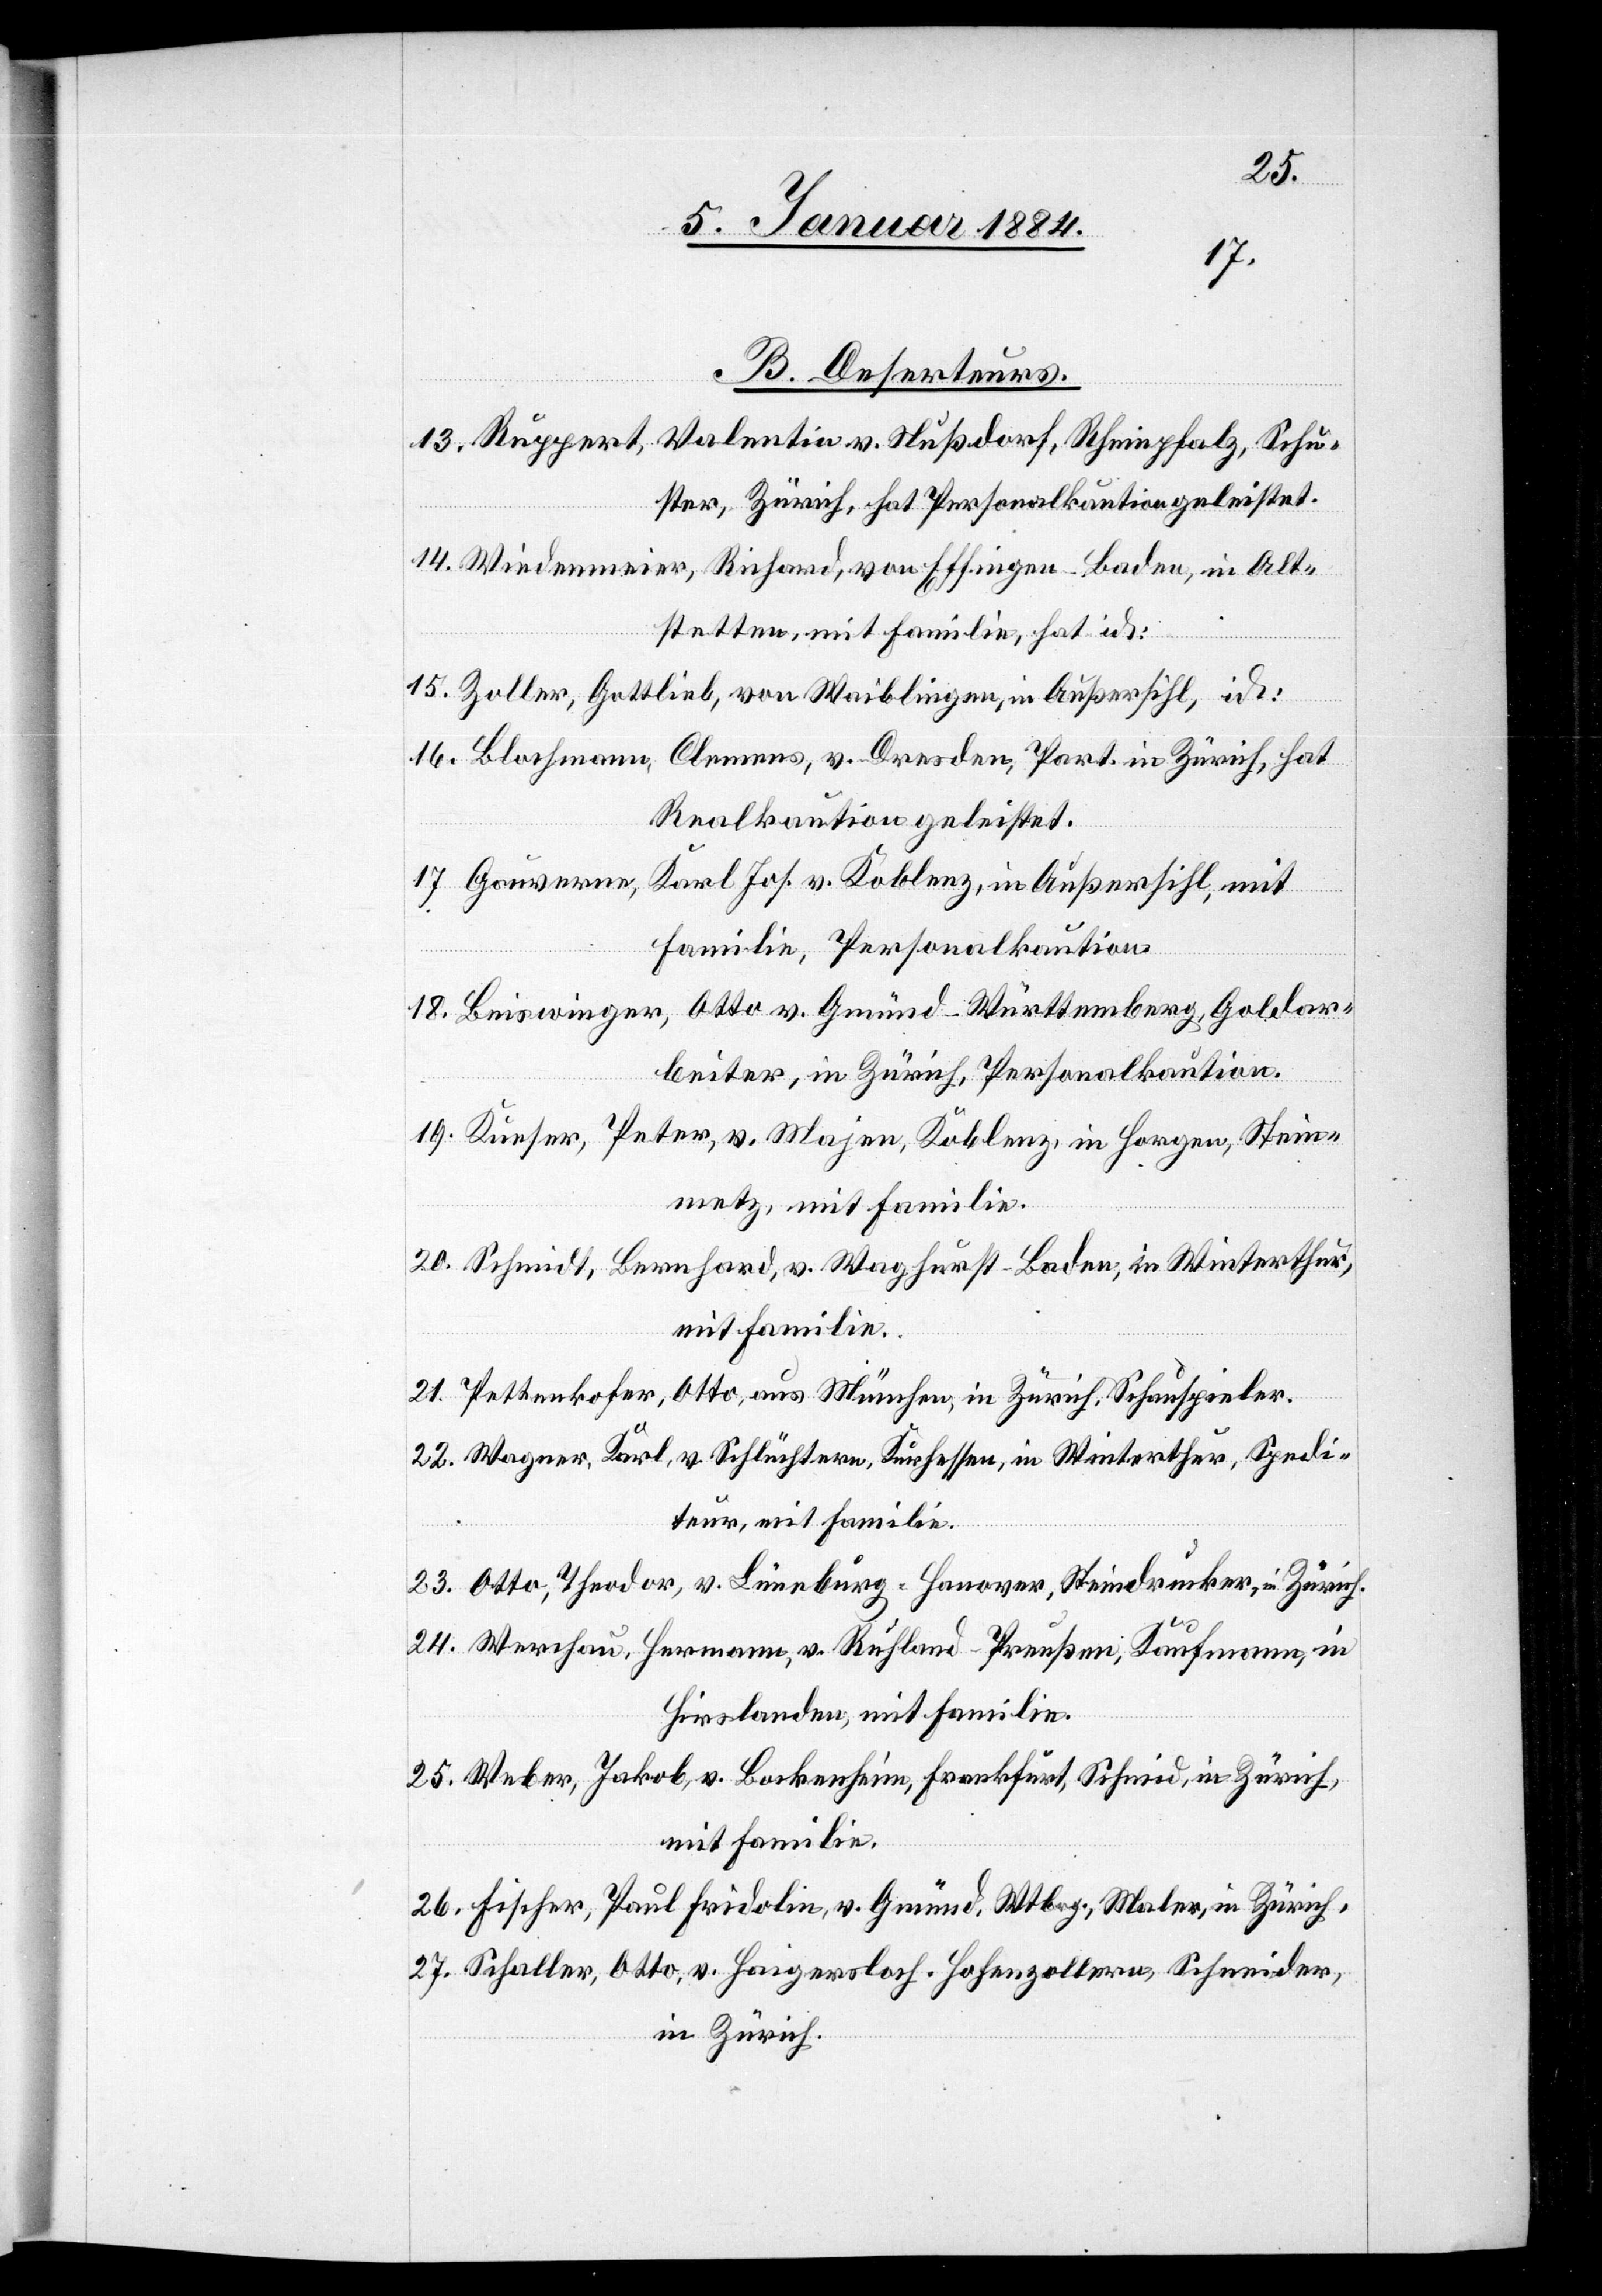
B. Deserteurs.
13. Ruppert, Valentin v. Nußdorf, Rheinpfalz, Schu¬
ster, Zürich, hat Personalkaution geleistet.
14. Wiedenmeier, Richard, von Essingen - Baden, in Alt¬
stetten, mit Familie, hat id.
15. Zeller, Gottlieb, von Waiblingen, Außersihl, id.
16. Blochmann, Clemens, v. Dresden, Part. in Zürich, hat
Realkaution geleistet.
17. Gauverene, Karl Jos. v. Koblenz, in Außersihl, mit
Familie, Personalkaution.
18. Beiswinger, Otto v. Gmünd - Württemberg, Goldar¬
beiter, in Zürich, Personalkaution.
19. Kurser, Peter, v. Majen, Koblenz, in Horgen, Stein¬
metz, mit Familie.
20. Schmidt, Bernhard, v. Waghurst - Baden, in Winterthur,
21. Pettenkofer, Otto, aus München, in Zürich, Schauspieler.
22. Wagner, Karl, v. Schlüchtern, Kurhessen, in Winterthur, Spedi¬
teur, mit Familie.
23. Otto, Theoder, v. Lüneburg - Hannover, Steindrucker, in Zürich.
24. Werchau, Hermann, Ruhland - Preußen, Kaufmann, in
Hirslanden, mit Familie.
25. Weber, Jakob, v. Bockenheim, Frankfurt, Schmid, in Zürich,
mit Familie.
26. Fischer, Paul Fridolin, v. Gmünd, Wtbg., Maler, in Zürich.
27. Schaller, Otto, v. Haigerloch - Hohenzollern, Schneider,
in Zürich.